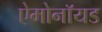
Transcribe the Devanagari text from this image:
ऐमोनॉयड